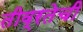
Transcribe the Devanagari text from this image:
तीव्रतेची